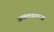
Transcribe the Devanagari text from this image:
अवलंबताना